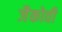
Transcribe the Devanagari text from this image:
जैकोवी